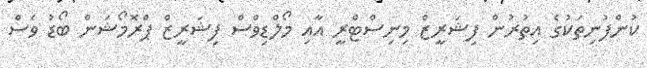
ކުންފުނިތަކުގެ އިތުރުން ފިޝަރީޒް މިނިސްޓްރީ އާއި މޯލްޑިވްސް ފިޝަރީޒް ޕްރޮމޯޝަން ބޯޑު ވެސް